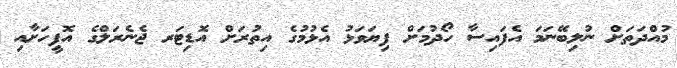
މުއްދަތަށް ނުލިބޭނަމަ އެފައިސާ ހޯދުމަށް ފިޔަވަޅު އެޅުމުގެ އިތުރަށް އޮޑިޓަރ ޖެނެރަލްގެ އޮފީހަށާއި